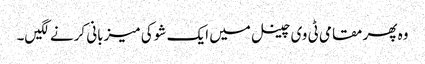
وہ پھر مقامی ٹی وی چینل میں ایک شو کی میزبانی کرنے لگیں۔